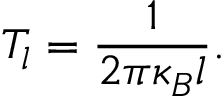
T _ { l } = \frac { 1 } { 2 \pi \kappa _ { B } l } .